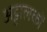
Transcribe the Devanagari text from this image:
अट्टालकों